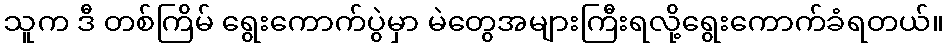
သူက ဒီ တစ်ကြိမ် ရွေးကောက်ပွဲမှာ မဲတွေအများကြီးရလို့ရွေးကောက်ခံရတယ်။